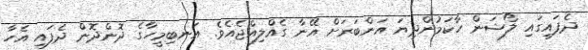
ދެފައިގައި ލޯޝަން ހާކަމުންދިޔަ އަންބަރަށް އޭނާ ގެއްލިއްޖެއެވެ. އަނބިމީހާގެ ދޮންދޮން ދެފައި އެހާ